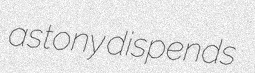
astony dispends